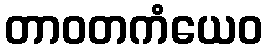
တာဝတကံယေဝ